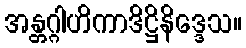
အန္တဂ္ဂါဟိကာဒိဋ္ဌိနိဒ္ဒေသ။